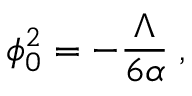
\phi _ { 0 } ^ { 2 } = - \frac { \Lambda } { 6 \alpha } \; ,